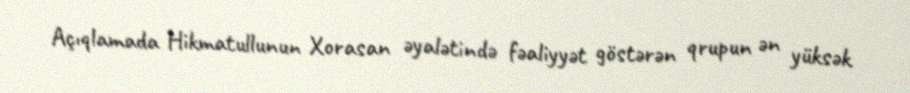
Açıqlamada Hikmatullunun Xorasan əyalətində fəaliyyət göstərən qrupun ən yüksək